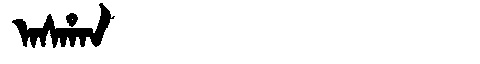
Manchu: ᠠᠰᡥᠠᠨ
Romanization: ASHAN